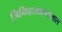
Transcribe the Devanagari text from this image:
जिनिव्हाखालोखाल